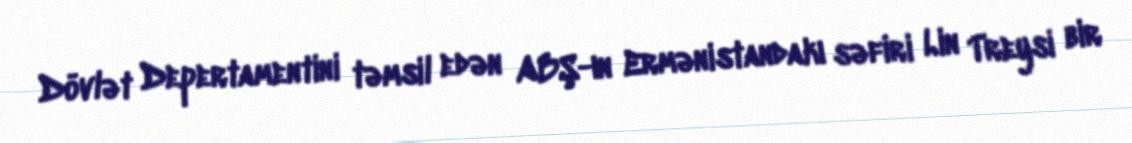
Dövlət Depertamentini təmsil edən ABŞ-ın Ermənistandakı səfiri Lin Treysi bir